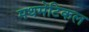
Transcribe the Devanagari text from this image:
मथमेटिकल